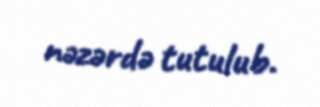
nəzərdə tutulub.